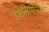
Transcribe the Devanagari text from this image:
प्रिलिमिनरी